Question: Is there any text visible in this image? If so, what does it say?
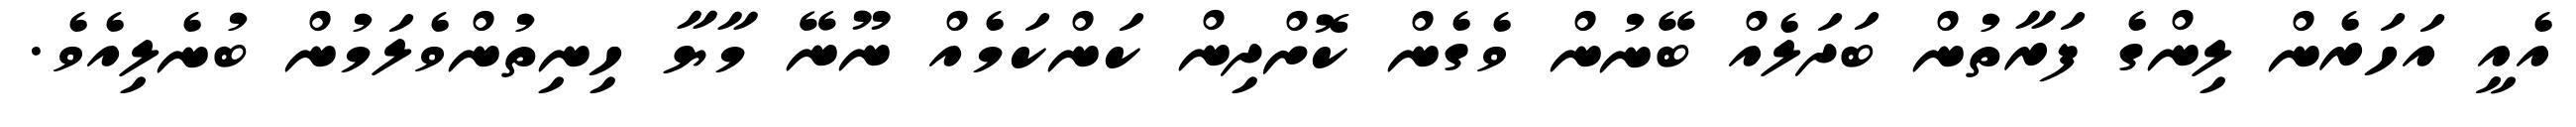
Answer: އެއީ އަހަރެން ލިންގެ ފަރާތުން ބަދަލެއް ބޭނުން ވެގެން ކޮށްދިން ކަންކަމެއް ނޫނޭ މާޔާ ހިނިތުންވެލަމުން ބުނެލިއެވެ.